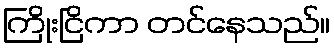
ကြိုးငြိကာ တင်နေသည်။